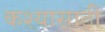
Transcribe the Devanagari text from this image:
कश्यासाठी